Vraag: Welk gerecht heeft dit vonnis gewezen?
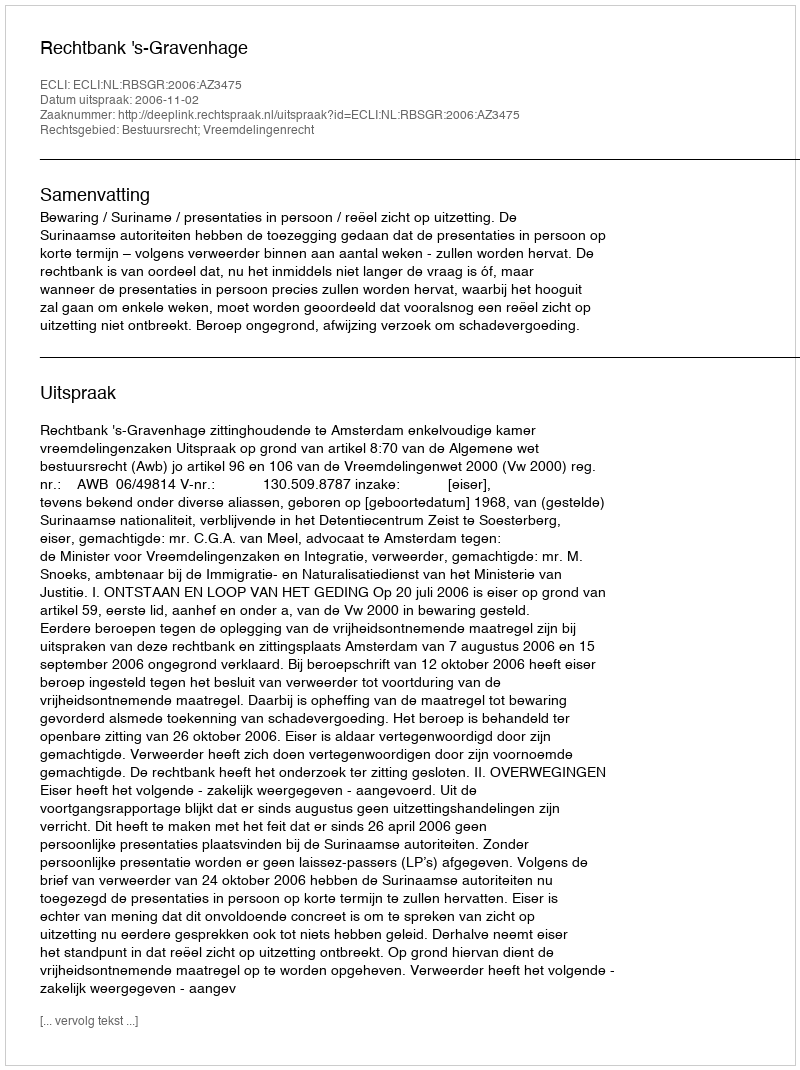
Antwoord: Rechtbank 's-Gravenhage